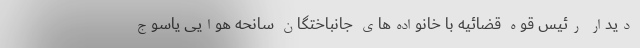
دیدار رئیس قوه قضائیه با خانواده‌های جانباختگان سانحه هوایی یاسوج